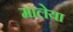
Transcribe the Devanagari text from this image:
मालेया